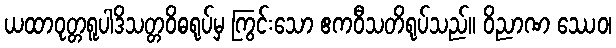
ယထာဝုတ္တရူပါဒိသတ္တဝိဓရုပ်မှ ကြွင်းသော ဧကဝီသတိရုပ်သည်။ ဝိညာဏ ဿေဝ၊